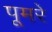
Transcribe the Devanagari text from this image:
पूमरे